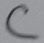
Text: C